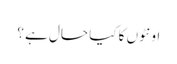
اونٹوں کا کیا حال ہے ؟